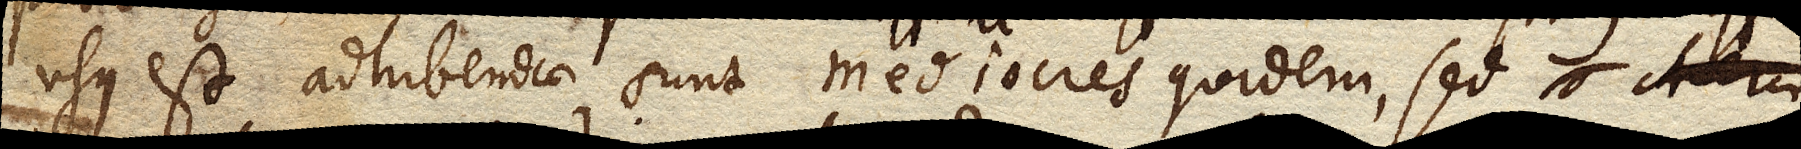
usus est adhibendae sunt mediocres quidem, sed